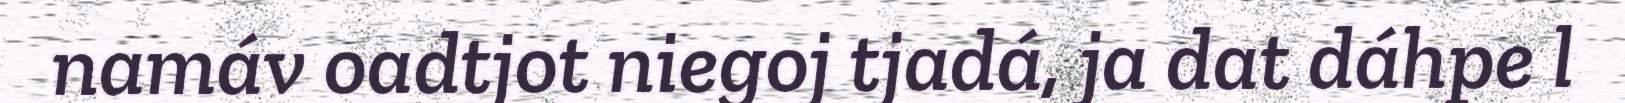
namáv oadtjot niegoj tjadá, ja dat dáhpe l